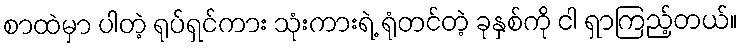
စာထဲမှာ ပါတဲ့ ရုပ်ရှင်ကား သုံးကားရဲ့ ရုံတင်တဲ့ ခုနှစ်ကို ငါ ရှာကြည့်တယ်။